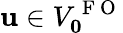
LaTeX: \mathbf{u}\in V_{\mathbf{0}}^{\mathrm{~F~O~}}